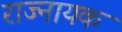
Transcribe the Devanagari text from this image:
राज्नायक